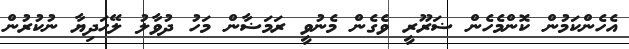
އެހެންކަމުން ކޮންމެހެން ޟަރޫރީ ވެގެން މެނުވީ ރަމަޟާން މަހު ދުވާލު ލޭހަދިޔާ ނުކުރުން